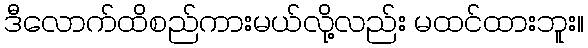
ဒီလောက်ထိစည်ကားမယ်လို့လည်း မထင်ထားဘူး။